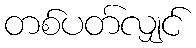
တစ်ပတ်လျှင်